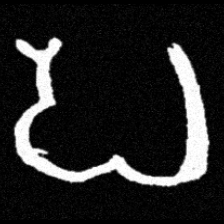
Pyu character \u2014 Myanmar letter: ပ (romanized: pa)